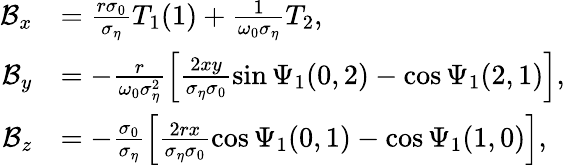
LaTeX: \begin{array}{rl}{\mathcal{B}_{x}}&{=\frac{r\sigma_{0}}{\sigma_{\eta}}T_{1}(1)+\frac{1}{\omega_{0}\sigma_{\eta}}T_{2},}\\ {\mathcal{B}_{y}}&{=-\frac{r}{\omega_{0}\sigma_{\eta}^{2}}\left[\frac{2xy}{\sigma_{\eta}\sigma_{0}}\sin\Psi_{1}(0,2)-\cos\Psi_{1}(2,1)\right],}\\ {\mathcal{B}_{z}}&{=-\frac{\sigma_{0}}{\sigma_{\eta}}\left[\frac{2rx}{\sigma_{\eta}\sigma_{0}}\cos\Psi_{1}(0,1)-\cos\Psi_{1}(1,0)\right],}\end{array}